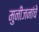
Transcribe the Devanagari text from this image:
मुनीजनांचे